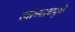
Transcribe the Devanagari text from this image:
त्यांच्याचमुळे